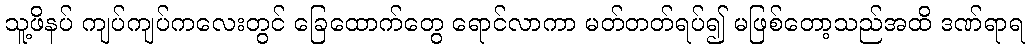
သူ့ဖိနပ် ကျပ်ကျပ်ကလေးတွင် ခြေထောက်တွေ ရောင်လာကာ မတ်တတ်ရပ်၍ မဖြစ်တော့သည်အထိ ဒဏ်ရာရ